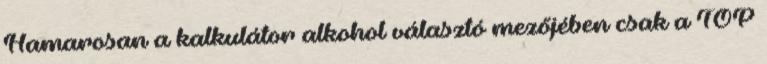
Hamarosan a kalkulátor alkohol választó mezőjében csak a TOP